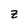
Character: z